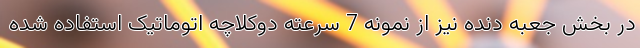
در بخش جعبه دنده نیز از نمونه 7 سرعته دوکلاچه اتوماتیک استفاده شده